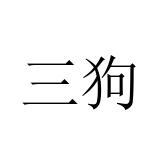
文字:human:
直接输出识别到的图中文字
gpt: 三狗